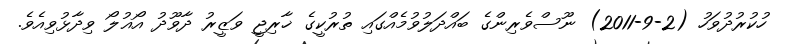
ހުކުރުދުވަހު (2-9-2011) ނޫސްވެރިންގެ ބައްދަލުވުމެއްގައި ތުރުކީގެ ޚާރިޖީ ވަޒީރު ދާވޫދު އޯޣުލޯ ވިދާޅުވިއެވެ.